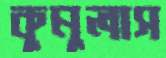
কুমুলাস